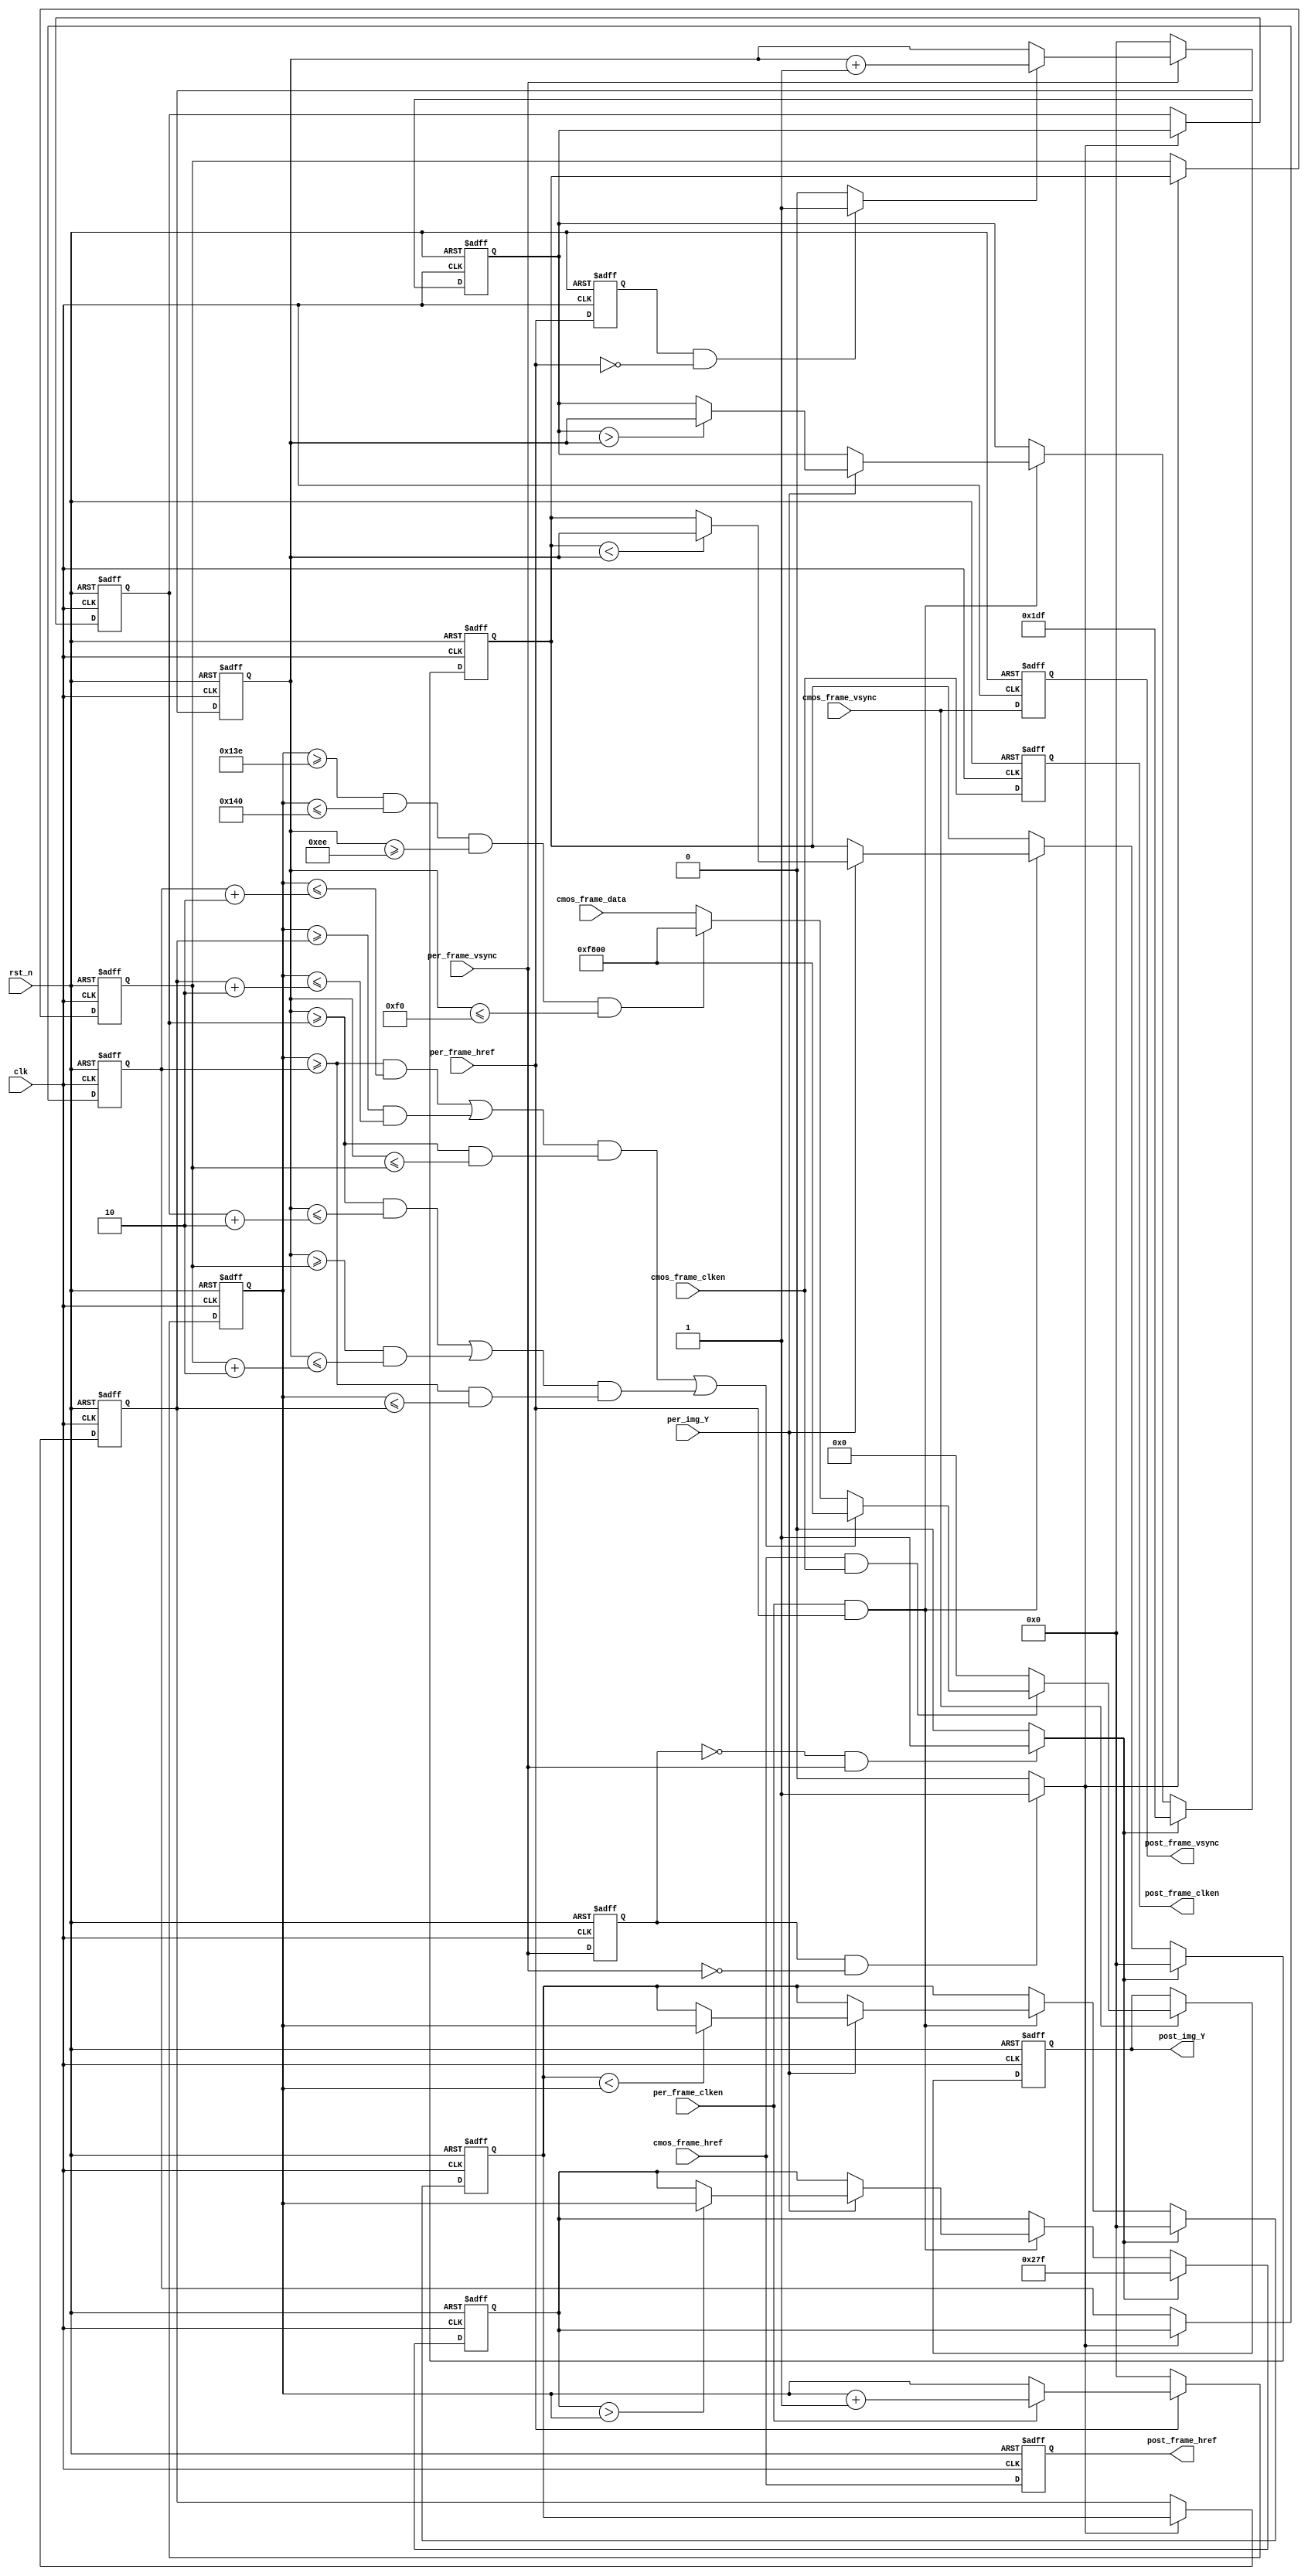
//Last update: 2024/02/06 22:14

module Find_Box #(
    parameter	[10:0]	IMG_Width = 11'd640,	//640*480
    parameter	[10:0]	IMG_High  = 11'd480
)(
    //global clock
    input			clk,  				//cmos video pixel clock
    input			rst_n,				//global reset
    //Image data prepred to be processd
    input			per_frame_vsync,	// 
    input			per_frame_href,		// 
    input			per_frame_clken,	// /
    input			per_img_Y,			//  
    input          	cmos_frame_clken,	// CMOS                
    input			cmos_frame_vsync,	// CMOS 
    input          	cmos_frame_href,	// CMOS     
    input	[15:0]	cmos_frame_data,    // CMOS 
    
    //Image data has been processd
    output			post_frame_vsync,	//Processed Image data vsync valid signal
    output			post_frame_href,	//Processed Image data href vaild  signal
    output			post_frame_clken,	//Processed Image data output/capture enable clock
    output	[15:0]  post_img_Y			//Processed Image brightness output
);

reg [9:0] edg_up	;		// = 160;
reg [9:0] edg_down	;		// = 240;
reg	[9:0] edg_left	;		// = 160;
reg	[9:0] edg_right ;		// = 240;
reg [9:0] edg_up_d1     ;
reg	[9:0] edg_down_d1   ;
reg	[9:0] edg_left_d1   ;
reg	[9:0] edg_right_d1  ;
reg per_frame_href_r    	;	// 
reg per_frame_vsync_r   	;	// 
reg per_frame_clken_r		;	// /
reg per_img_data_r			;	// 
reg [9:0]	h_cnt			;	// 
reg [9:0]	v_cnt			;	// 
reg [15:0]	post_cmos_data	;	// CMOS
reg cmos_frame_clken_r;	               
reg cmos_frame_vsync_r;	
reg cmos_frame_href_r;

wire valid_en = 1'b1;		// 
wire href_falling;			// 
wire vsync_rising;			// 
wire vsync_falling;			// 

always @(posedge clk or negedge rst_n) begin
    if(!rst_n)begin
           per_frame_href_r	<= 1'd0;
           per_frame_vsync_r	<= 1'd0;
        per_frame_clken_r 	<= 1'b0;
           per_img_data_r 		<= 1'd0;
       end else begin
           per_frame_href_r	<= per_frame_href; 
           per_frame_vsync_r	<= per_frame_vsync; 
           per_img_data_r 		<= per_img_Y;
        per_frame_clken_r 	<= per_frame_clken;
     end
end 
 
always@(posedge clk or negedge rst_n) begin
    if(!rst_n)begin
        cmos_frame_href_r  <= 1'd0;
        cmos_frame_vsync_r <= 1'd0;
        cmos_frame_clken_r <= 1'b0;
    end else begin
        cmos_frame_href_r  <= cmos_frame_href;
        cmos_frame_vsync_r <= cmos_frame_vsync;
        cmos_frame_clken_r <= cmos_frame_clken;
    end 
end

// href counter
always@(posedge clk or negedge rst_n) begin
    if(!rst_n)begin
        h_cnt <=10'd0;
    end else if(per_frame_href)begin
        if(per_frame_clken) begin
            h_cnt <=h_cnt+1'b1;
        end else begin
            h_cnt <=h_cnt;
        end 
    end else begin
        h_cnt <=10'd0;
    end 
end

// vsync counter
always@(posedge clk or negedge rst_n) begin
    if(!rst_n)begin
        v_cnt <=10'd0;
    end else if(per_frame_vsync)begin 
        if(href_falling) begin
            v_cnt <=v_cnt+1'b1;
        end else begin
            v_cnt <=v_cnt;
        end 
    end else begin
        v_cnt <=10'd0;
    end
end
 

// 
always@(posedge clk or negedge rst_n) begin
    if(!rst_n) begin
        edg_up    <=  10'd479;
        edg_down  <=  10'd0;
        edg_left  <=  10'd639;
        edg_right <=  10'd0;
    end else if(vsync_rising) begin
        edg_up    <=  10'd479;
        edg_down  <=  10'd0;
        edg_left  <=  10'd639;
        edg_right <=  10'd0;
    end else if(per_frame_clken & per_frame_href) begin
        if(per_img_Y == 1'b1) begin
            if(edg_up > v_cnt) begin
                edg_up  <=v_cnt ;
            end else begin
                edg_up  <=edg_up ;	
            end

            if(edg_down < v_cnt) begin
                edg_down  <=v_cnt ;
            end else begin
                edg_down  <= edg_down ;	
            end
             
            if(edg_left > h_cnt) begin
                edg_left  <= h_cnt ;
            end else begin
                edg_left  <= edg_left ;	
            end

            if(edg_right < h_cnt) begin
                edg_right  <=h_cnt ;
            end else begin
                edg_right  <=edg_right ;
            end			 
        end else begin
            edg_up    <=  edg_up;
            edg_down  <=  edg_down;
            edg_left  <=  edg_left;
            edg_right <=  edg_right;
        end
    end
end 
 
always@(posedge clk or negedge rst_n)
begin 
   if(!rst_n) begin
      edg_up_d1    <=  10'd160;
      edg_down_d1  <=  10'd240;
      edg_left_d1  <=  10'd160;
      edg_right_d1 <=  10'd240;
     end
     else if(vsync_falling) begin
       edg_up_d1    <=  edg_up   ;
      edg_down_d1  <=  edg_down ;
      edg_left_d1  <=  edg_left ;
      edg_right_d1 <=  edg_right;
    end
end 
 
always@(posedge  clk or negedge rst_n) begin
    if(~rst_n) begin
        post_cmos_data <= 16'd0; 
    end else if(cmos_frame_vsync) begin 
        if(~(cmos_frame_href & cmos_frame_clken)) begin
            post_cmos_data <= 16'd0;
        end else if(valid_en &&
          ((((( h_cnt >=edg_left_d1)&&(h_cnt <=edg_left_d1+2))||(( h_cnt >=edg_right_d1))&&(h_cnt <=edg_right_d1+2)))&&(v_cnt >=edg_up_d1 && v_cnt <= edg_down_d1))
         ||(((( v_cnt >=edg_up_d1)&&(v_cnt <=edg_up_d1+2))||(( v_cnt >=edg_down_d1)&&(v_cnt <=edg_down_d1+2)))&&(h_cnt >= edg_left_d1 && h_cnt <= edg_right_d1))) begin
            post_cmos_data <={5'b11111,6'd0,5'd0};
        end else if(h_cnt >= 318 && h_cnt <= 320 && v_cnt >= 238 && v_cnt <= 240) begin
            // Set the pixel color to red at the center of the screen
            post_cmos_data <= {5'b11111,6'd0,5'd0};
        end else begin
            post_cmos_data <= cmos_frame_data;
        end 
        
    end else begin
        post_cmos_data <= post_cmos_data;
    end       
end

assign     vsync_rising    =(~per_frame_vsync_r) & per_frame_vsync ?1'b1:1'b0;
assign     vsync_falling   = per_frame_vsync_r & (~per_frame_vsync)? 1'b1:1'b0;
assign     href_falling    = per_frame_href_r & (~per_frame_href)?1'b1:1'b0;

assign post_frame_vsync  = cmos_frame_vsync_r;
assign post_frame_href   = cmos_frame_href_r;
assign post_frame_clken  = cmos_frame_clken_r;

assign post_img_Y =post_cmos_data;

endmodule